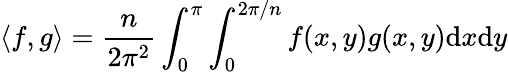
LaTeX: \langle f,g\rangle=\frac{n}{2\pi^{2}}\int_{0}^{\pi}\int_{0}^{2\pi/n}f(x,y)g(x,y)\mathrm{d}x\mathrm{d}y